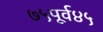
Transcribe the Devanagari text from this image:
७५पूर्व४५